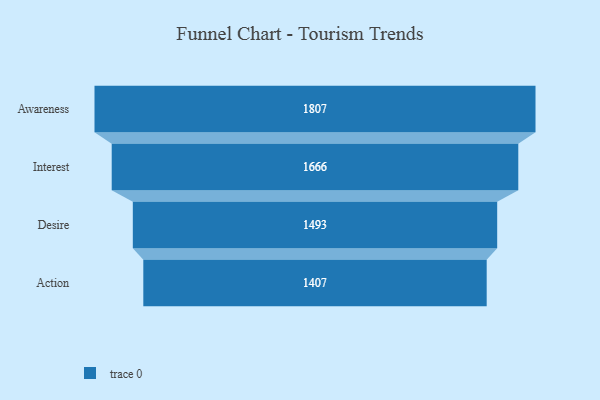
{"axis": {"x": "Stage", "y": "Value"}, "legend": [""], "data": [{"x": "Awareness", "y": 1807.0, "type": ""}, {"x": "Interest", "y": 1666.0, "type": ""}, {"x": "Desire", "y": 1493.0, "type": ""}, {"x": "Action", "y": 1407.0, "type": ""}]}